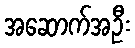
အဆောက်အဦး